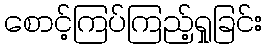
စောင့်ကြပ်ကြည့်ရှုခြင်း